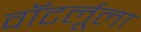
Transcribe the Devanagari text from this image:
वॉटर्लूला